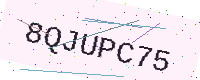
Text: 8QJUPC75